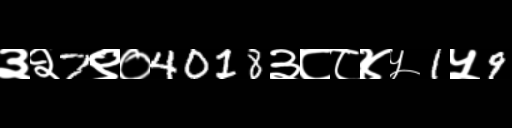
Text: ३२7९०4018३८८४५1५9